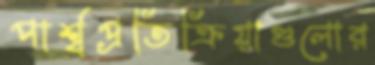
পার্শ্বপ্রতিক্রিয়াগুলোর